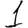
Digit: 1